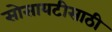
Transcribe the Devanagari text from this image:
सोसायटीसाठी